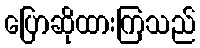
ပြောဆိုထားကြသည်